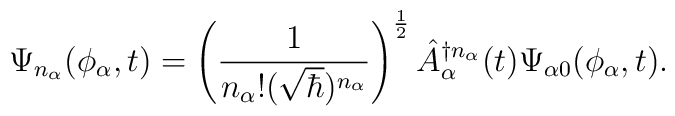
\Psi_{n_\alpha} (\phi_\alpha,t) = \left(\frac{1}{n_\alpha ! (\sqrt{\hbar})^{n_\alpha}}\right)^{\frac{1}{2}}\hat{A}_\alpha^{\dagger n_\alpha}(t)\Psi_{\alpha 0} (\phi_\alpha,t).